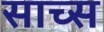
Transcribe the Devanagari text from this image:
साच्स